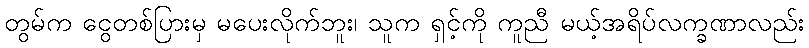
တွမ်က ငွေတစ်ပြားမှ မပေးလိုက်ဘူး၊ သူက ရှင့်ကို ကူညီ မယ့်အရိပ်လက္ခဏာလည်း